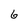
Character: 6